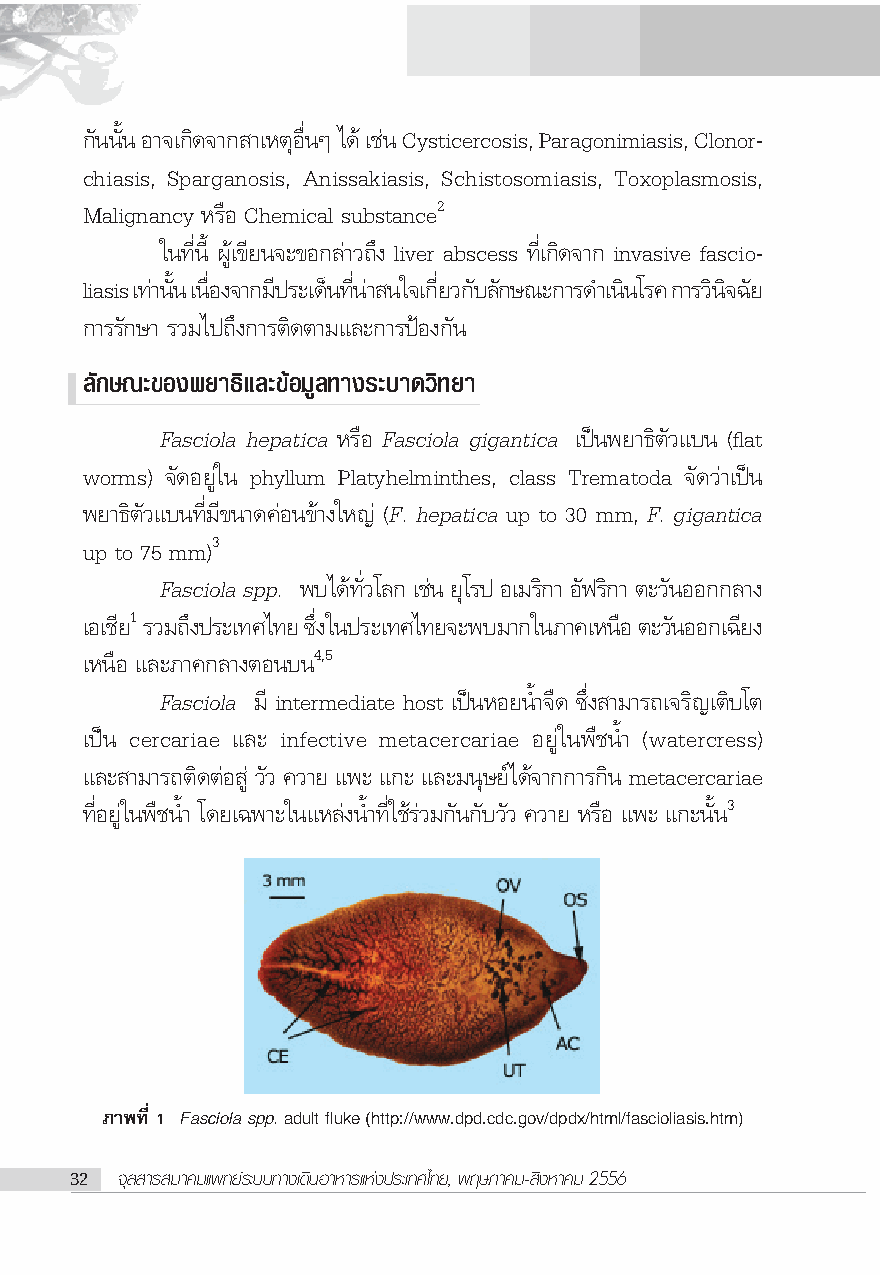
°—ππ—Èπ Õ“®‡°‘¥®“° “‡ÀμÿÕ◊ËπÊ ‰¥â ‡™àπ Cysticercosis, Paragonimiasis, Clonor-
 chiasis, Sparganosis, Anissakiasis, Schistosomiasis, Toxoplasmosis,
 Malignancy À√◊Õ Chemical substance2
 „π∑’Ëπ’È ºŸâ‡¢’¬π®–¢Õ°≈à“«∂÷ß liver abscess ∑’Ë‡°‘¥®“° invasive fascio-
 liasis ‡∑“à ππ—È ‡πÕ◊Ë ß®“°¡ª’ √–‡¥πÁ ∑π’Ë “à π„®‡°¬’Ë «°∫— ≈°— …≥–°“√¥”‡ππ‘ ‚√§ °“√«π‘ ®‘ ©¬—
 °“√√—°…“ √«¡‰ª∂÷ß°“√μ‘¥μ“¡·≈–°“√ªÑÕß°—π
 ≈—°…≥–¢Õßæ¬“∏‘·≈–¢âÕ¡Ÿ≈∑“ß√–∫“¥«‘∑¬“
 Fasciola hepatica À√◊Õ Fasciola gigantica ‡ªìπæ¬“∏‘μ—«·∫π (flat
 worms) ®—¥Õ¬Ÿà„π phyllum Platyhelminthes, class Trematoda ®—¥«à“‡ªìπ
 æ¬“∏‘μ—«·∫π∑’Ë¡’¢π“¥§àÕπ¢â“ß„À≠à (F. hepatica up to 30 mm, F. gigantica
 up to 75 mm)3
 Fasciola spp. æ∫‰¥â∑—Ë«‚≈° ‡™àπ ¬ÿ‚√ª Õ‡¡√‘°“ Õ—ø√‘°“ μ–«—πÕÕ°°≈“ß
 ‡Õ‡™¬’ 1 √«¡∂ß÷ ª√–‡∑»‰∑¬ ´ßË÷ „πª√–‡∑»‰∑¬®–æ∫¡“°„π¿“§‡ÀπÕ◊ μ–«π— ÕÕ°‡©¬’ ß
 ‡Àπ◊Õ ·≈–¿“§°≈“ßμÕπ∫π4,5
 Fasciola ¡’ intermediate host ‡ªìπÀÕ¬πÈ”®◊¥ ´÷Ëß “¡“√∂‡®√‘≠‡μ‘∫‚μ
 ‡ªìπ cercariae ·≈– infective metacercariae Õ¬Ÿà„πæ◊™πÈ” (watercress)
 ·≈– “¡“√∂μ‘¥μàÕ Ÿà «—« §«“¬ ·æ– ·°– ·≈–¡πÿ…¬å‰¥â®“°°“√°‘π metacercariae
 ∑’ËÕ¬Ÿà„πæ◊™πÈ” ‚¥¬‡©æ“–„π·À≈àßπÈ”∑’Ë„™â√à«¡°—π°—∫«—« §«“¬ À√◊Õ ·æ– ·°–π—Èπ3
 ¿“æ∑’Ë 1 Fasciola spp. adult fluke (http://www.dpd.cdc.gov/dpdx/html/fascioliasis.htm)
 32 ®ÿ≈ “√ ¡“§¡·æ∑¬å√–∫∫∑“ß‡¥‘πÕ“À“√·Ààßª√–‡∑»‰∑¬, æƒ…¿“§¡- ‘ßÀ“§¡ 2556